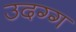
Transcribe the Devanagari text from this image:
उदग्ग